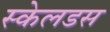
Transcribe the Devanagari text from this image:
स्केलडस